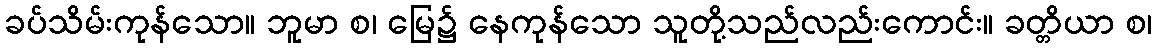
ခပ်သိမ်းကုန်သော။ ဘူမာ စ၊ မြေ၌ နေကုန်သော သူတို့သည်လည်းကောင်း။ ခတ္တိယာ စ၊